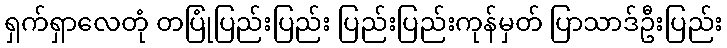
ရှက်ရှာလေတုံ တပြုံပြည်းပြည်း ပြည်းပြည်းကုန်မှတ် ပြာသာဒ်ဦးပြည်း